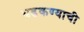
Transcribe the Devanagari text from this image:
धडकण्याची